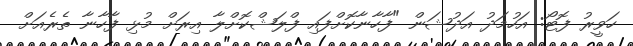
ހަވީރު ފޮޓޯ: އަހުމަދު އަދުޝަން "ފާހާނާކޮށްފައި ފްލަޝްކޮށްލާ އިރަށް މުޅި ފާހާނާ ތެރެއަށް